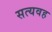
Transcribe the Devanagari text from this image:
सत्यवह